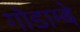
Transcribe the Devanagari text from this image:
गोडाम्बे